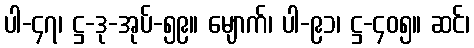
ပါ-၄၇၊ ဋ္ဌ-ဒု-အုပ်-၅၉။ မျောက်၊ ပါ-၉၁၊ ဋ္ဌ-၄၀၅။ ဆင်၊